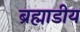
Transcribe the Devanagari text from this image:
ब्रह्माडीय